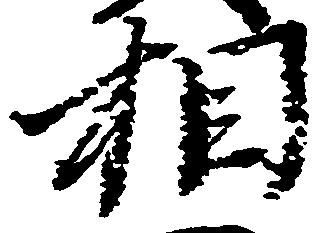
相